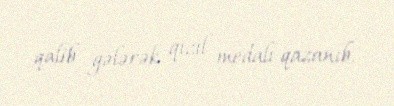
qalib gələrək qızıl medalı qazanıb.